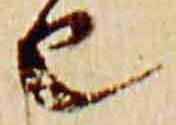
由